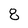
Character: 8